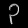
Digit: ၃